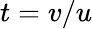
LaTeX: t=v/u